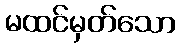
မထင်မှတ်သော